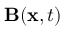
\mathbf { B } ( \mathbf { x } , t )